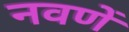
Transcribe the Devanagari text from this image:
नवणें